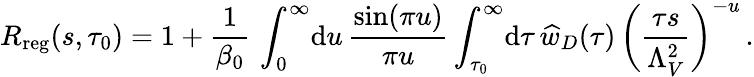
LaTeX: R_{\mathrm{reg}}(s,\tau_{0})=1+{\frac{1}{\beta_{0}}}\, \int_{0}^{\infty}\! \mathrm{d}u\, {\frac{\sin(\pi u)}{\pi u}}\int_{\tau_{0}}^{\infty}\! \mathrm{d}\tau\, \widehat w_{D}(\tau)\, \bigg({\frac{\tau s}{\Lambda_{V}^{2}}}\bigg)^{-u}\, .